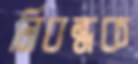
নিবন্ধক